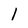
Character: l